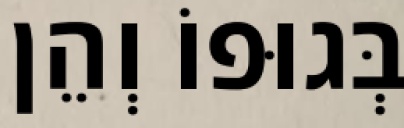
בְּגוּפוֹ וְהֵן